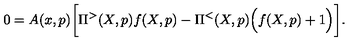
0 = A ( x , p ) \bigg [ \Pi ^ { > } ( X , p ) f ( X , p ) - \Pi ^ { < } ( X , p ) \Big ( f ( X , p ) + 1 \Big ) \bigg ] .